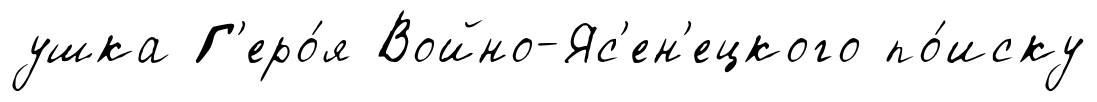
ушка Г'еро́я Войно-Яс'ен'ецкого по́иску